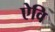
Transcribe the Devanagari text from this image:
ऐवि